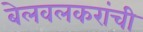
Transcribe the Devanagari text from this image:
बेलवलकरांची